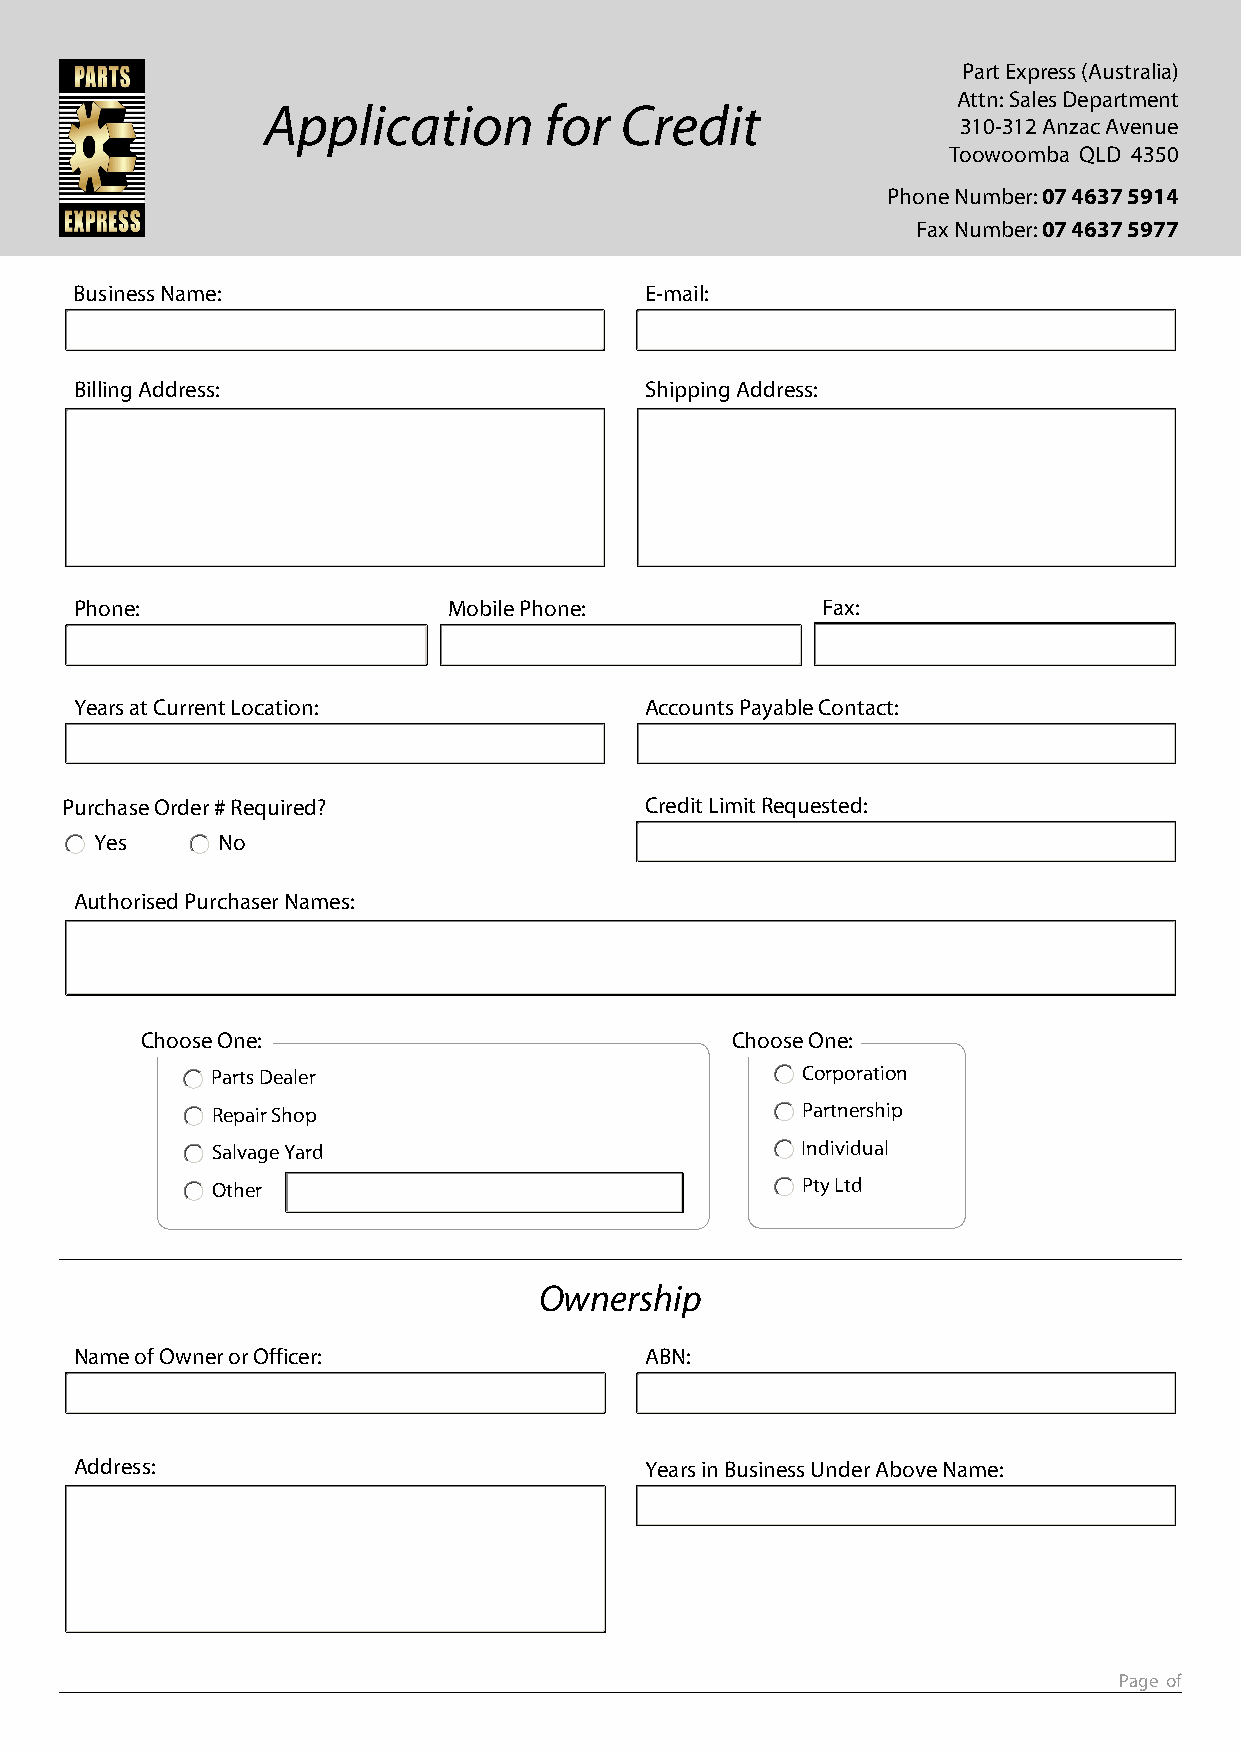
Part Express (Australia)
 Attn: Sales Department
 Application        for  Credit
 310-312 Anzac Avenue
 Toowoomba QLD 4350
 Phone Number: 07 4637 5914
 Fax Number: 07 4637 5977
 Business Name:                        E-mail:
 Billing Address:                      Shipping Address:
 Phone:                   Mobile Phone:           Fax:
 Years at Current Location:            Accounts Payable Contact:
 Purchase Order # Required?             Credit Limit Requested:
 Yes     No
 Authorised Purchaser Names:
 Choose One:                            Choose One:
 Parts Dealer                           Corporation
 Repair Shop                            Partnership
 Salvage Yard                           Individual
 Other                                  Pty Ltd
 Ownership
 Name of Owner or Officer:             ABN:
 Address:                              Years in Business Under Above Name:
 Page of